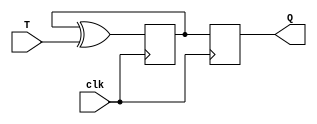
module t_flip_flop (
    input wire T,
    input wire clk,
    output reg Q 
);

reg D;
wire xor_output;

assign xor_output = D ^ T;

always @(posedge clk) begin
    D <= xor_output;
    Q <= D;
end

endmodule